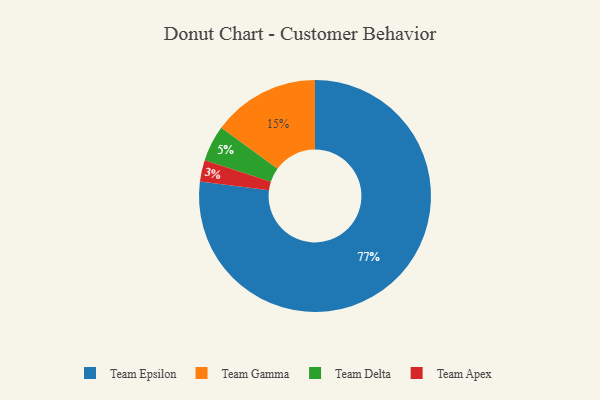
{"axis": {"x": "Category", "y": "Percentage"}, "legend": ["Team Apex", "Team Delta", "Team Epsilon", "Team Gamma"], "data": [{"x": "Team Delta", "y": 5, "type": "Team Delta"}, {"x": "Team Apex", "y": 3, "type": "Team Apex"}, {"x": "Team Gamma", "y": 15, "type": "Team Gamma"}, {"x": "Team Epsilon", "y": 77, "type": "Team Epsilon"}]}